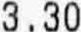
3.30